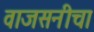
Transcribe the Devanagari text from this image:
वाजसनीचा